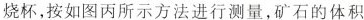
烧杯，按如图丙所示方法进行测量，矿石的体积